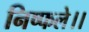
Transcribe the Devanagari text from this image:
निष्फले।।